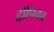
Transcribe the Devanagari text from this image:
द्वीपिका